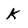
Character: k